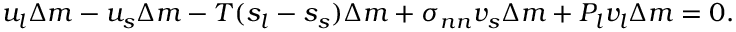
u _ { l } \Delta m - u _ { s } \Delta m - T ( s _ { l } - s _ { s } ) \Delta m + \sigma _ { n n } v _ { s } \Delta m + P _ { l } v _ { l } \Delta m = 0 .